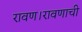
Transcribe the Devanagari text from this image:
रावण।रावणाची